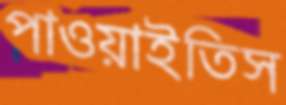
পাওয়াইতিস